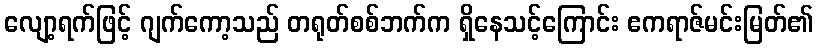
လျော့ရက်ဖြင့် ဂျက်ကော့သည် တရုတ်စစ်ဘက်က ရှိနေသင့်ကြောင်း ဧကရာဇ်မင်းမြတ်၏